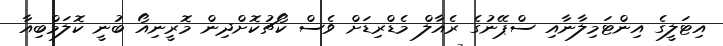
އިޓަލީގެ އިންޓަމިލާނާއި ސްޕޭނުގެ ރެއާލް މެޑްރިޑަށް ވެސް ކޯޗުކޮށްދިން މޮރީނިއޯ ބުނީ ކޮލަމްބިއާ